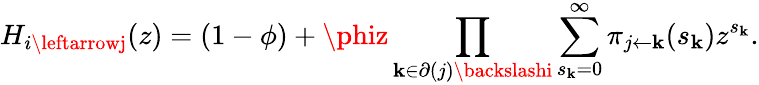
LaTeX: H_{i\leftarrowj}(z)=(1-\phi)+\phiz\prod_{\mathbf{k}\in\partial(j)\backslashi}\sum_{s_{\mathbf{k}}=0}^{\infty}\pi_{j\leftarrow\mathbf{k}}(s_{\mathbf{k}})z^{s_{\mathbf{k}}}.